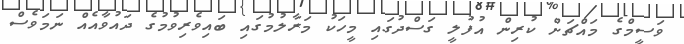
ވަސީމްގެ މައްޗަށް ކުރިން އުފުލީ ގަސްދުގައި މީހަކު މަރާލުމުގައި ބައިވެރިވުމުގެ ދައުވާއެއް ނަމަވެސް